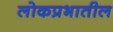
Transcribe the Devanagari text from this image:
लोकप्रभातील